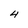
Character: 4